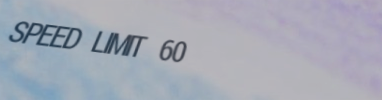
SPEED LIMIT 60